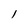
Character: l